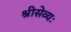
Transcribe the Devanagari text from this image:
श्रीसेव्यः